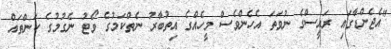
"އެޖެންޑާގައި ރައީސްގެ ނުވަތަ އެހެންވެސް މީހެއްގެ އިތުބާރު ނެތްކަމުގެ ވޯޓު ނެގުމުގެ ކަންތައް